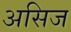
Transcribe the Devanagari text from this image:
असिज